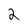
Character: 2